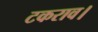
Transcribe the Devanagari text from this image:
टकराव।